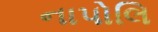
નાપોલિ